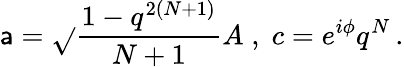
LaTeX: \mathsf{a}=\sqrt{}{{\frac{{1-q^{2(N+1)}}}{{N+1}}}}A\; ,\; c=e^{i\phi}q^{N}\, .